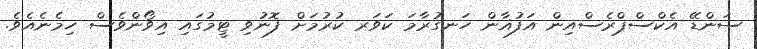
ސަންޑޭ އެކްސްޕްރެސްއިން އަފުޣާން ހަނގުރާމަ ކަވަރ ކުރުމަށް ފޮނުވި ޓީމުގައި އިވޯންވެސް ހިމެނެއެވެ.